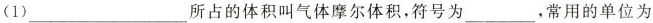
(1)___所占的体积叫气体摩尔体积，符号为___，常用的单位为_